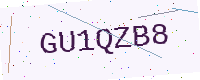
Text: GU1QZB8